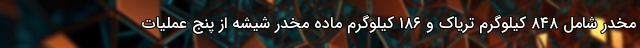
مخدر شامل ۸۴۸ کیلوگرم تریاک و ۱۸۶ کیلوگرم ماده مخدر شیشه از پنج عملیات